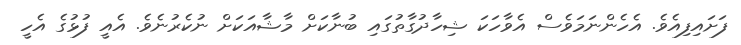
ފަށައިފިއެވެ. އެހެންނަމަވެސް އެވާހަކަ ޝިހާދުގާތުގައި ބުނާކަށް މާޝާއަކަށް ނުކެރުނެވެ. އެއީ ފުޅުގެ އެހީ